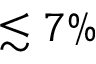
\lesssim 7 \%